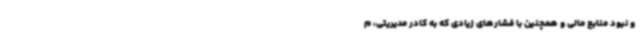
و نبود منابع مالی و همچنین با فشارهای زیادی که به کادر مدیریتی، م